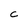
Character: C